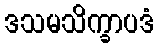
ဒသမသိက္ခာပဒံ